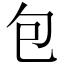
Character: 包